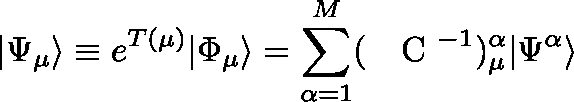
| \Psi _ { \mu } \rangle \equiv e ^ { T ( \mu ) } | \Phi _ { \mu } \rangle = \sum _ { \alpha = 1 } ^ { M } ( \mathrm { ~ \protect ~ \boldmath ~ C ~ } ^ { - 1 } ) _ { \mu } ^ { \alpha } | \Psi ^ { \alpha } \rangle